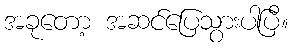
အခုတော့ အဆင်ပြေသွားပါပြီ။